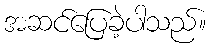
အဆင်ပြေခဲ့ပါသည်။